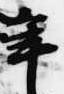
年